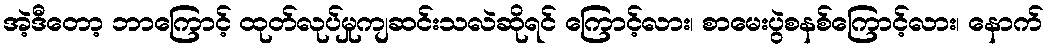
အဲ့ဒီတော့ ဘာကြောင့် ထုတ်လုပ်မှုကျဆင်းသလဲဆိုရင် ကြောင့်လား၊ စာမေးပွဲစနစ်ကြောင့်လား၊ နောက်